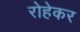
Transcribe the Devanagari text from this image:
रोहेकर